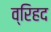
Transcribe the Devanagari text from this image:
व्रिहद